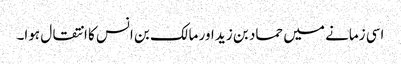
اسی زمانے میں حماد بن زید اور مالک بن انس کا انتقال ہوا۔